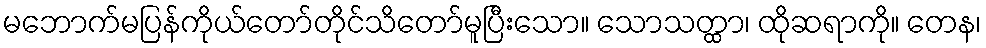
မဘောက်မပြန်ကိုယ်တော်တိုင်သိတော်မူပြီးသော။ သောသတ္ထာ၊ ထိုဆရာကို။ တေန၊